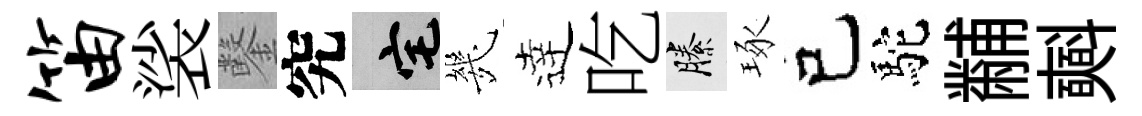
笛裟鑿究宅㡬逹吃縢琢己駝黼𣂏